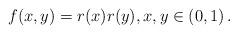
LaTeX: \begin{align*}f(x,y)=r(x)r(y),x,y\in(0,1)\,.\end{align*}